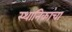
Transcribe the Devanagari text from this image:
स्थानिकांचा